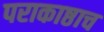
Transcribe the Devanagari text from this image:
पराकाष्ठाच